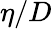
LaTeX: \eta/D